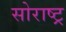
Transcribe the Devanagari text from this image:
सोराष्ट्र